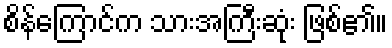
စိန်ကြောင်က သားအကြီးဆုံး ဖြစ်၏။